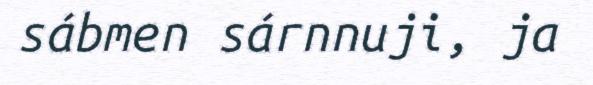
sábmen sárnnuji, ja